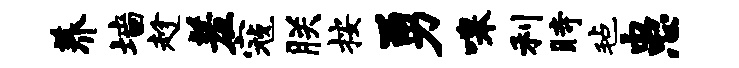
养墙趁羞寇朕按勇嗥利时毡患